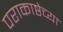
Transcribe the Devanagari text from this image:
पराकाष्ठेच्या